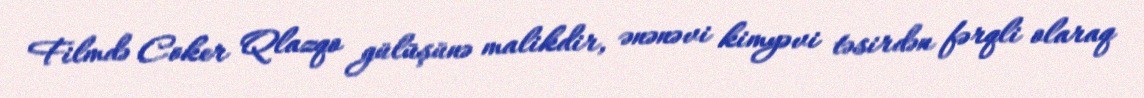
Filmdə Coker Qlazqo gülüşünə malikdir, ənənəvi kimyəvi təsirdən fərqli olaraq